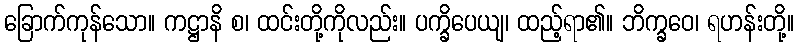
ခြောက်ကုန်သော။ ကဋ္ဌာနိ စ၊ ထင်းတို့ကိုလည်း။ ပက္ခိပေယျ၊ ထည့်ရာ၏။ ဘိက္ခဝေ၊ ရဟန်းတို့။